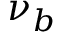
\nu _ { b } \,